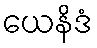
ယေနိဒံ